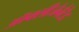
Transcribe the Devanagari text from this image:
ऑक्सीजेनेटेड